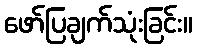
ဖော်ပြချက်သုံးခြင်း။